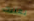
يعنيك